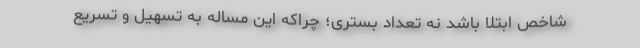
شاخص ابتلا باشد نه تعداد بستری؛ چراکه این مساله به تسهیل و تسریع